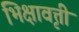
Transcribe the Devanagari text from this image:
भिक्षावृत्ती